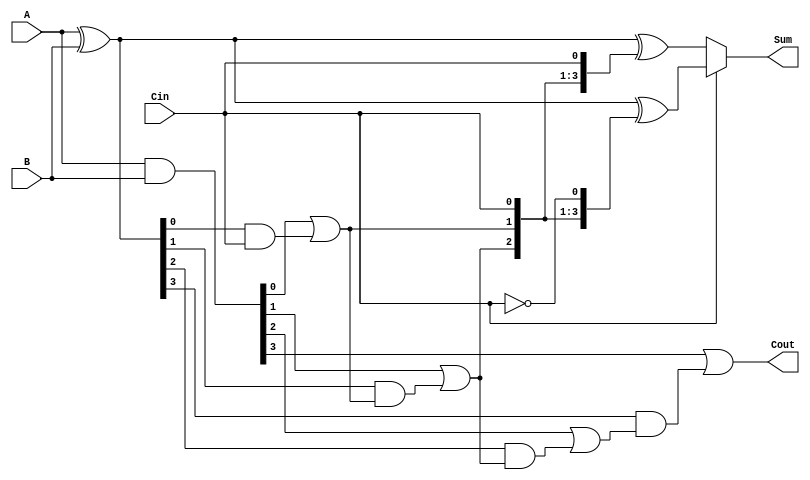
module CSPA #(parameter n = 4) (
    input [n-1:0] A,
    input [n-1:0] B,
    input Cin,
    output [n-1:0] Sum,
    output Cout
);

    // Generate and Propagate signals
    wire [n-1:0] G; // Generate
    wire [n-1:0] P; // Propagate

    assign G = A & B;
    assign P = A ^ B;

    // Carry signals
    wire [n:0] C; // C[i] = carry out for the ith bit
    assign C[0] = Cin;

    // Prefix tree logic for carry generation
    genvar i;
    generate
        for (i = 0; i < n; i = i + 1) begin: carry_gen
            if (i == 0) begin
                assign C[i+1] = G[i] | (P[i] & C[i]);
            end else begin
                assign C[i+1] = G[i] | (P[i] & C[i]);
            end
        end
    endgenerate

    // Carry Select Adder logic
    wire [n-1:0] Sum0; // Sum when Cin = 0
    wire [n-1:0] Sum1; // Sum when Cin = 1

    // Compute Sum for Cin = 0
    assign Sum0 = A ^ B ^ {C[n-1:0], Cin}; // Using C0

    // Compute Sum for Cin = 1
    assign Sum1 = A ^ B ^ {C[n-1:0], ~Cin}; // Using C1

    // Select the correct sum based on Cin
    assign Sum = Cin ? Sum1 : Sum0;

    // Carry out
    assign Cout = C[n];

endmodule